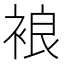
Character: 𧚅